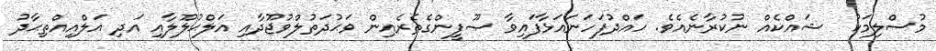
މުސްލިމަކު  ޝައްކެއް ނުކުރާނެއެވެ. ހައްދުފަހަނައަޅާފައިވާ ޞޫފީންގެތެރެއިން ވަޙުދަތުލްވުޖޫދާއި އަލްޙުލޫލާއި އަދި އަލްއިއްތިޙާދު